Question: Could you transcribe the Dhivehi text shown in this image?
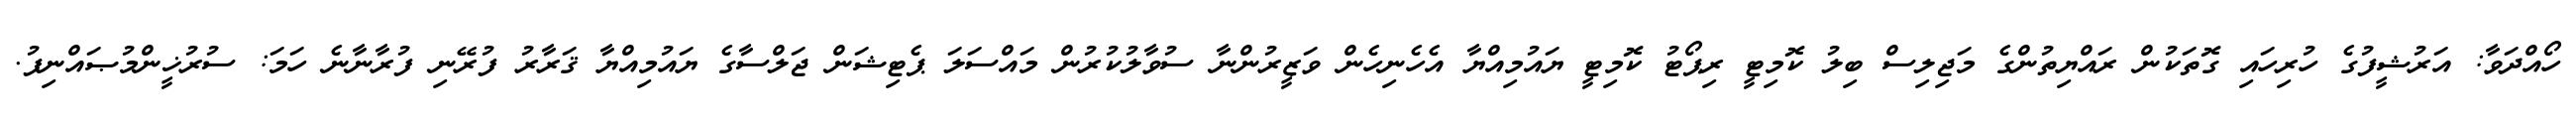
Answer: ހޯއްދަވާ: އަރުޝީފުގެ ހުރިހައި ގޮތަކުން ރައްޔިތުންގެ މަޖިލިސް ބިލު ކޮމިޓީ ރިޕޯޓު ކޮމިޓީ ޔައުމިއްޔާ އެހެނިހެން ވަޒީރުންނާ ސުވާލުކުރުން މައްސަލަ ޕެޓިޝަން ޖަލްސާގެ ޔައުމިއްޔާ ޤަރާރު ފުރޭނި ފުރާނާނެ ހަމަ: ސުރުޚީންމުޞައްނިފު.